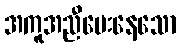
အကူအညီပေးနေသော